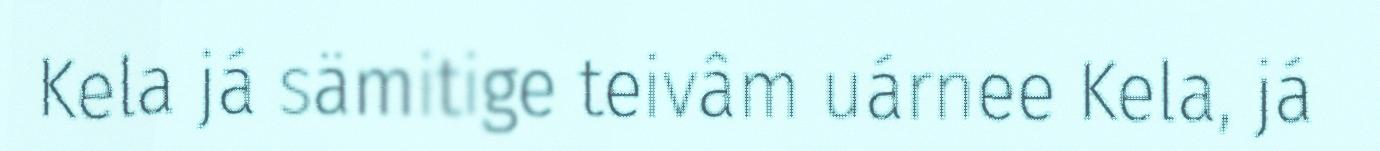
Kela já sämitige teivâm uárnee Kela, já